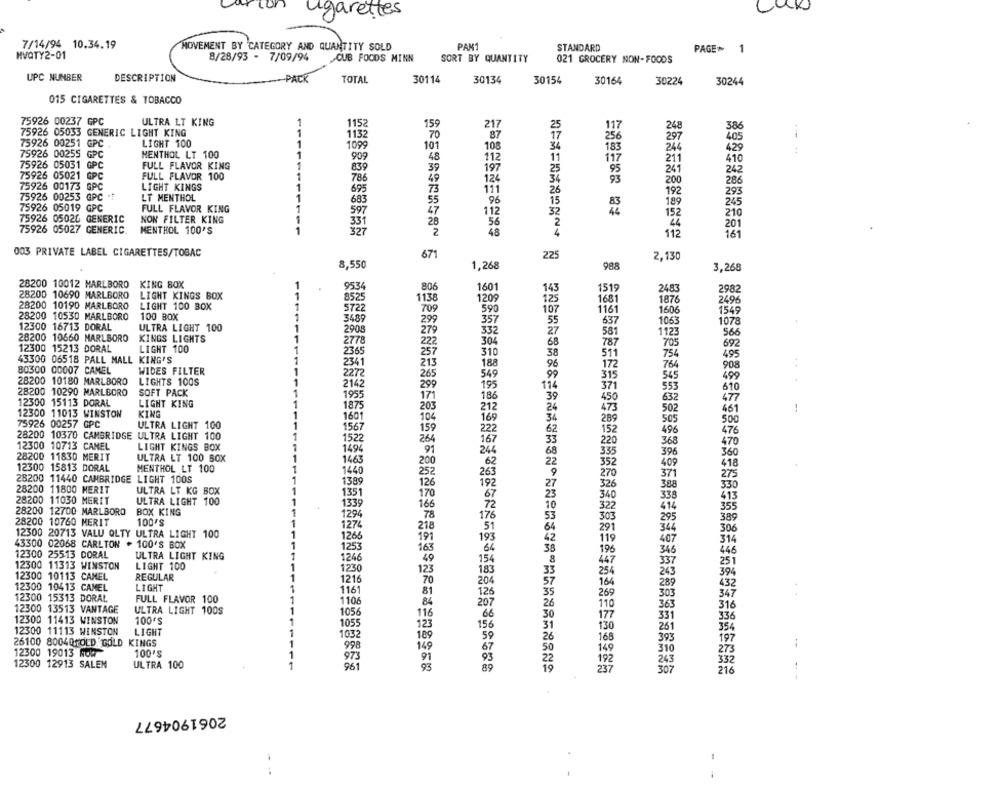
igarettes
7/14/94 10.34.19
MOVEMENT BY CATEGORY AND QUANTITY SOLD
PAM1
STANDARD
HVQTY2-01
PAGE 1
8/28/93 - 7/09/94
CUB FOODS MINN
SORT BY QUANTITY
021 GROCERY NON-FOODS
UPC NUMBER
DESCRIPTION
PACK
TOTAL
30114
30134
30154
30164
30224
30244
015 CIGARETTES & TOBACCO
75926 00237 GPC
ULTRA LT KING
1
1152
15
217
117
75926 05033 GENERIC LIGHT KING
1
1132
87
248
386
1
70
256
297
405
75926 00251 GPC
LIGHT 100
1099
101
108
34
183
244
429
75926 00255 GPC
MENTHOL LT 100
1
909
48
112
11
211
410
75926 05031 GPC
FULL FLAVOR KING
1
839
39
197
25
241
242
75926 05021 GPC
FULL FLAVOR 100
1
786
49
124
34
93
200
286
75926 00173 GPC
LIGHT KINGS
1
695
111
75926 00253 GPC .?
LT MENTHOL
73
26
192
293
1
683
55
96
15
189
245
75926 05019 GPC
FULL FLAVOR KING
1
597
112
32
152
210
75926 05026 GENERIC
NON FILTER KING
331
56
75926 05027 GENERIC.
28
44
201
MENTHOL 100'S
1
327
2
48
112
161
003 PRIVATE LABEL CIGARETTES/TOBAC
671
225
2,130
8,550
1,268
988
3,268
28200 10012 MARLBORO
KING BOX
1
9534
806
1601
143
1515
248
2982
28200 10690 MARLBORO
LIGHT KINGS BOX
1
8525
113
120
125
1681
2496
28200 10190 MARLBORO
LIGHT 100 BOX
1
5722
1876
28200 10530 MARLBORO
100 BOX
709
590
107
1161
1606
1549
1
3489
299
357
55
637
1063
107:
12300 16713 DORAL
ULTRA LIGHT 100
2908
279
332
27
581
566
28200 10660 MARLBORO
KINGS LIGHTS
304
1123
12300 15213 DORAL
2778
222
68
787
705
692
LIGHT 100
2365
310
38
511
754
495
43300 06518 PALL MALL KING'S
2341
213
188
908
80300 00007 CAMEL
WIDES FILTER
96
172
764
2272
265
549
99
315
545
499
4
28200 10180 MARLBORO
LIGHTS 100S
2142
299
195
114
371
553
28200 10290 MARLBORO
SOFT PACK
1955
186
39
610
12300 15113 DORAL
171
450
632
477
LIGHT KING
1875
203
212
24
473
502
461
!
12300 11013 WINSTON
KING
1601
104
169
75926 00257 GPC
ULTRA LIGHT 100
1567
289
505
500
159
222
152
496
476
28200 10370 CAMBRIDGE ULTRA LIGHT 100
1522
264
167
220
12300 10713 CAMEL
LIGHT KINGS BOX
1494
91
244
368
470
28200 11830 MERIT
ULTRA LT 100 BOX
335
396
360
1463
200
.62
352
409
418
12300 15813 DORAL
MENTHOL LT 100
1440
252
263
270
28200 11440 CAMBRIDGE LIGHT 100S
1389
371
275
28200 11800 MERIT
126
192
326
388
330
ULTRA LT KG BOX
1351
170
340
413
28200 11030 MERIT
ULTRA LIGHT 100
1339
166
414
28200 12700 MARLBORO
BOX KING
322
355
1294
78
176
303
295
389
28200 10760 MERIT
100'S
1274
218
291
344
306
12300 20713 VALU QLTY ULTRA LIGHT 100
1266
191
193
43300 02068 CARLTON . 100'S BOX
119
407
314
1253
163
196
346
446
12300 25513 DORAL
ULTRA LIGHT KING
1246
49
447
337
251
12300 11313 WINSTON
LIGHT 100
1230
123
243
394
12300 10113 CAMEL
REGULAR
1216
164
289
432
12300 10413 CAMEL
LIGHT
1161
81
269
12300 15313 DORAL
FULL FLAVOR 100
1106
303
347
84
363
316
12300 13513 VANTAGE
ULTRA LIGHT 100S
1056
116
331
336
12300 11413 WINSTON
100'S
12300 11113 WINSTON
LIGHT
1055
123
130
261
354
1032
189
393
197
26100 80040FOLD GOLD KINGS
998
12300 19013 Now
100'S
149
273
973
337
12300 12913 SALEN
ULTRA 100
961
93
216
2061904677